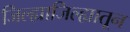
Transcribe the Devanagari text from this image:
जिल्ह्याजिल्ह्यातून